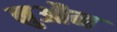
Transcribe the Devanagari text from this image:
नुऔन